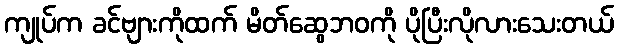
ကျုပ်က ခင်ဗျားကိုထက် မိတ်ဆွေဘဝကို ပိုပြီးလိုလားသေးတယ်